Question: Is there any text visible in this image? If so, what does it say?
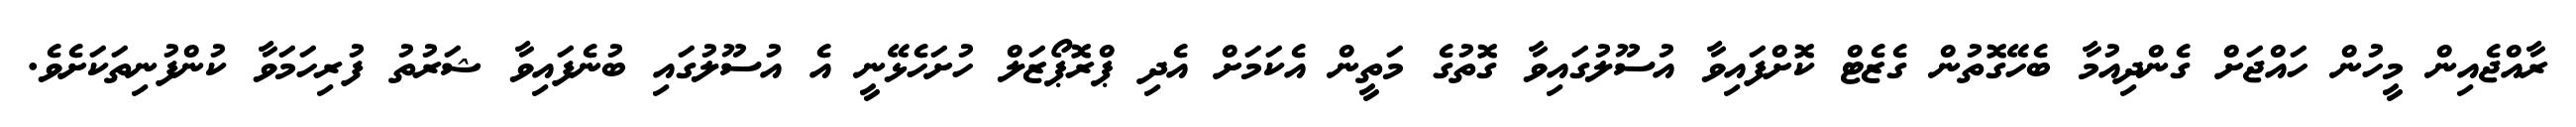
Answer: ރާއްޖެއިން މީހުން ހައްޖަށް ގެންދިއުމާ ބެހޭގޮތުން ގެޒެޓް ކޮށްފައިވާ އުސޫލުގައިވާ ގޮތުގެ މަތީން އެކަމަށް އެދި ޕްރޮޕޯޒަލް ހުށަހެޅޭނީ އެ އުސޫލުގައި ބުނެފައިވާ ޝަރުތު ފުރިހަމަވާ ކުންފުނިތަކަށެވެ.